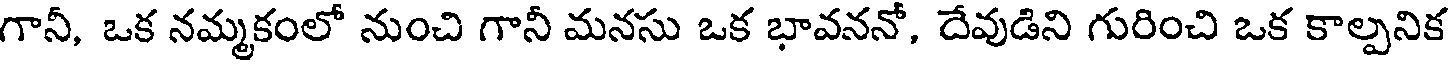
గానీ, ఒక నమ్మకంలో నుంచి గానీ మనసు ఒక భావననో, దేవుడిని గురించి ఒక కాల్పనిక